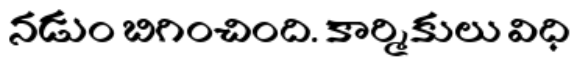
నడుం బిగించింది. కార్మికులు విధి